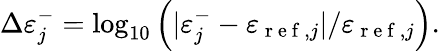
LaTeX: \Delta\varepsilon_{j}^{-}=\log_{10}\left(|\varepsilon_{j}^{-}-\varepsilon_{\mathrm{~r~e~f~},j}|/\varepsilon_{\mathrm{~r~e~f~},j}\right).